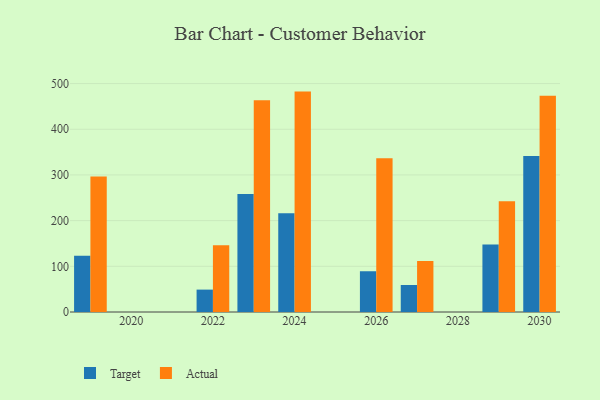
{"axis": {"x": "Year", "y": "Operating Costs (USD K)"}, "legend": ["Actual", "Target"], "data": [{"x": "2023", "y": 258.3, "type": "Target"}, {"x": "2023", "y": 463.7, "type": "Actual"}, {"x": "2019", "y": 123.3, "type": "Target"}, {"x": "2019", "y": 296.5, "type": "Actual"}, {"x": "2030", "y": 341.4, "type": "Target"}, {"x": "2030", "y": 473.2, "type": "Actual"}, {"x": "2022", "y": 49.0, "type": "Target"}, {"x": "2022", "y": 146.3, "type": "Actual"}, {"x": "2024", "y": 216.2, "type": "Target"}, {"x": "2024", "y": 482.4, "type": "Actual"}, {"x": "2026", "y": 89.2, "type": "Target"}, {"x": "2026", "y": 336.4, "type": "Actual"}, {"x": "2029", "y": 147.9, "type": "Target"}, {"x": "2029", "y": 242.3, "type": "Actual"}, {"x": "2027", "y": 59.1, "type": "Target"}, {"x": "2027", "y": 111.6, "type": "Actual"}]}